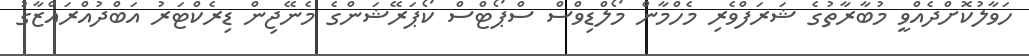
ހަވާލުކޮށްދެއްވީ މުބާރާތުގެ ޝަރަފްވެރި މެހްމާން މޯލްޑިވްސް ސްޕޯޓްސް ކޯޕަރޭޝަންގެ މެނޭޖިން ޑިރެކްޓަރު އަބްދުއްރައްޒާގު